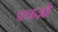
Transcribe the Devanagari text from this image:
एनज़ो